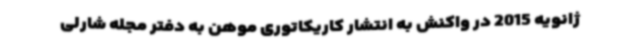
ژانویه 2015 در واکنش به انتشار کاریکاتوری موهن به دفتر مجله شارلی